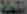
قلعة